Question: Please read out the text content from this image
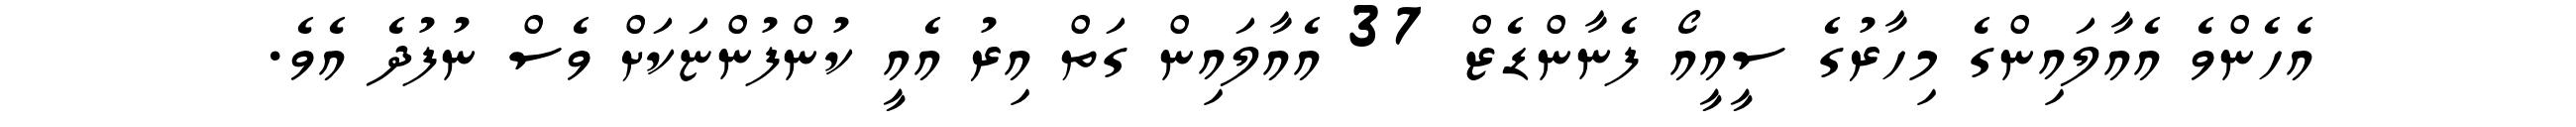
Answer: އެހެންވެ އެއާލައިންގެ މިހާރުގެ ސީއީއޯ ފެނާންޑެޒް 37 އެއާލައިން ގަތް އިރު އެއީ ކުންފުންޏަކަށް ވެސް ނުފުދެ އެވެ.